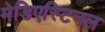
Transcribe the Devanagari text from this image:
मेडिएस्टिनल